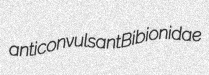
anticonvulsant Bibionidae